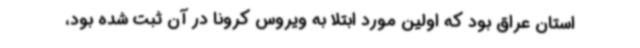
استان عراق بود که اولین مورد ابتلا به ویروس کرونا در آن ثبت شده بود،